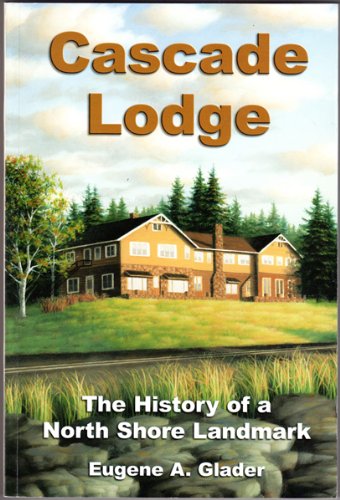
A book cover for Cascade Lodge : The History of a North Shore Landmark; Eugene A. Glader; Travel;